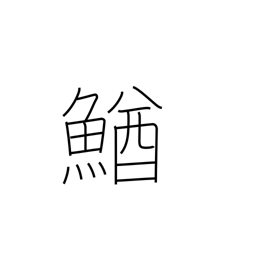
Meaning: loach (fish)